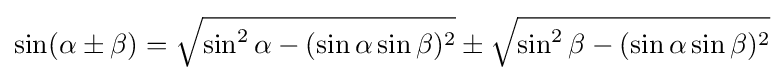
\sin(\alpha \pm \beta )={\sqrt {\sin ^{2}\alpha -(\sin \alpha \sin \beta )^{2}}}\pm {\sqrt {\sin ^{2}\beta -(\sin \alpha \sin \beta )^{2}}}